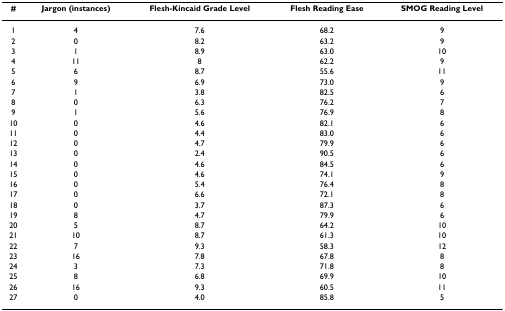
| # | Jargon (instances) | Flesh-Kincaid Grade Level | Flesh Reading Ease | SMOG Reading Level |
 | --- | --- | --- | --- | --- |
 | 1 | 4 | 7.6 | 68.2 | 9 |
 | 2 | 0 | 8.2 | 63.2 | 9 |
 | 3 | 1 | 8.9 | 63.0 | 10 |
 | 4 | 11 | 8 | 62.2 | 9 |
 | 5 | 6 | 8.7 | 55.6 | 11 |
 | 6 | 9 | 6.9 | 73.0 | 9 |
 | 7 | 1 | 3.8 | 82.5 | 6 |
 | 8 | 0 | 6.3 | 76.2 | 7 |
 | 9 | 1 | 5.6 | 76.9 | 8 |
 | 10 | 0 | 4.6 | 82.1 | 6 |
 | 11 | 0 | 4.4 | 83.0 | 6 |
 | 12 | 0 | 4.7 | 79.9 | 6 |
 | 13 | 0 | 2.4 | 90.5 | 6 |
 | 14 | 0 | 4.6 | 84.5 | 6 |
 | 15 | 0 | 4.6 | 74.1 | 9 |
 | 16 | 0 | 5.4 | 76.4 | 8 |
 | 17 | 0 | 6.6 | 72.1 | 8 |
 | 18 | 0 | 3.7 | 87.3 | 6 |
 | 19 | 8 | 4.7 | 79.9 | 6 |
 | 20 | 5 | 8.7 | 64.2 | 10 |
 | 21 | 10 | 8.7 | 61.3 | 10 |
 | 22 | 7 | 9.3 | 58.3 | 12 |
 | 23 | 16 | 7.8 | 67.8 | 8 |
 | 24 | 3 | 7.3 | 71.8 | 8 |
 | 25 | 8 | 6.8 | 69.9 | 10 |
 | 26 | 16 | 9.3 | 60.5 | 11 |
 | 27 | 0 | 4.0 | 85.8 | 5 |